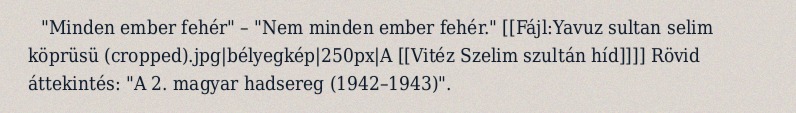
"Minden ember fehér" – "Nem minden ember fehér." [[Fájl:Yavuz sultan selim köprüsü (cropped).jpg|bélyegkép|250px|A [[Vitéz Szelim szultán híd]]]] Rövid áttekintés: "A 2. magyar hadsereg (1942–1943)".